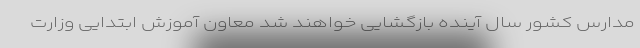
مدارس کشور سال آینده بازگشایی خواهند شد معاون آموزش ابتدایی وزارت